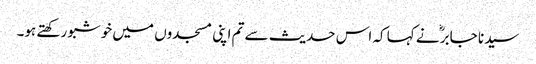
سیدنا جابرؓ نے کہا کہ اس حدیث سے تم اپنی مسجدوں میں خوشبو رکھتے ہو۔